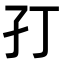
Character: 𭒶